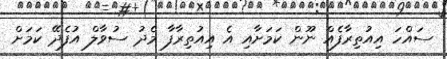
ސައްހަ އިއުތިރާފެއް ނޫން ކަމަށާއި އެ އިއުތިރާފާ މެދު ސުވާލް އުފެދޭ ކަމަށް